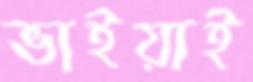
ভাইয়াই